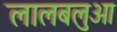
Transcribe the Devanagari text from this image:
लालबलुआ